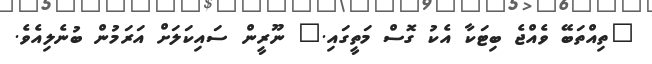
"ތިއްތަބޭ ވެއްޖެ ބިޓަކާ އެކު ގޮސް މަތީގައި." ނޫރީން ސައިކަލަށް އަރަމުން ބުނެލިއެވެ.